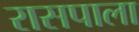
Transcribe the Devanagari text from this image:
रासपाला